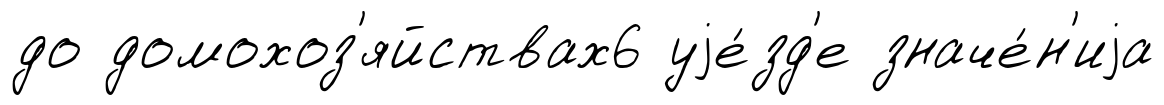
до домохоз'яйствах6 уjе́зд'е значе́н'иjа